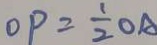
O P = \frac { 1 } { 2 } O A